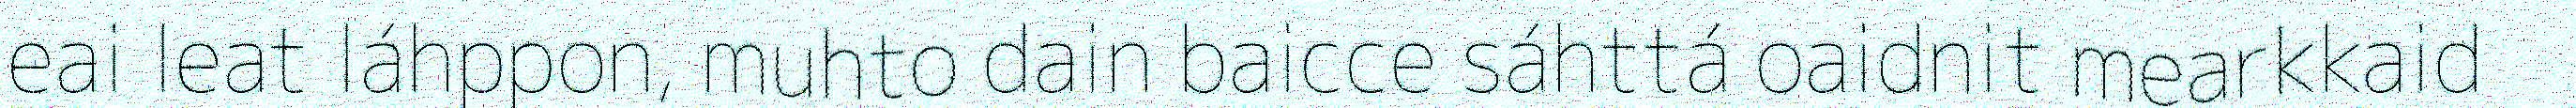
eai leat láhppon, muhto dain baicce sáhttá oaidnit mearkkaid